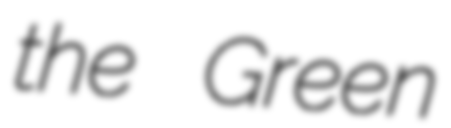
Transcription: the Green